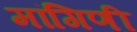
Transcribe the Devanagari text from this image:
मांगिणी